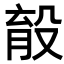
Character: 𣪟